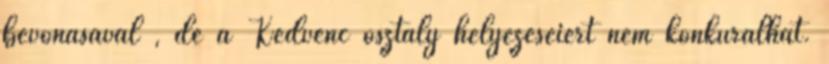
bevonásával , de a Kedvenc osztály helyezéseiért nem konkurálhat.